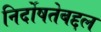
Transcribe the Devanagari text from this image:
निर्दोषतेबद्दल